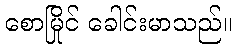
စောမြိုင် ခေါင်းမာသည်။